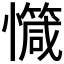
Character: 𢤝